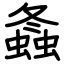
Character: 螽